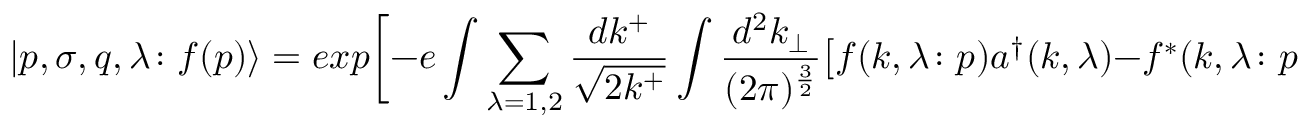
\vert p , \sigma , q , \lambda \colon f ( p ) \rangle = e x p \biggl [ - e \int \sum _ { \lambda = 1 , 2 } { \frac { d k ^ { + } } { \sqrt { 2 k ^ { + } } } } \int { \frac { d ^ { 2 } k _ { \perp } } { ( 2 \pi ) ^ { \frac { 3 } { 2 } } } } \bigl [ f ( k , \lambda \colon p ) a ^ { \dagger } ( k , \lambda ) - f ^ { * } ( k , \lambda \colon p ) a ( k , \lambda ) \bigr ] \biggr ] \vert p , \sigma , q , \lambda \rangle \; .